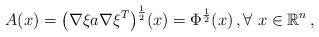
LaTeX: \begin{align*} A(x) = \big(\nabla\xi a \nabla\xi^T\big)^{\frac{1}{2}}(x) = \Phi^{\frac{1}{2}}(x) \,, \forall~x \in \mathbb{R}^n\,, \end{align*}